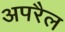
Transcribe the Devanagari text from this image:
अपरैल